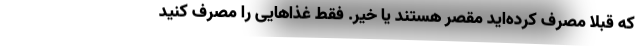
که قبلا مصرف کرده‌اید مقصر هستند یا خیر. فقط غذاهایی را مصرف کنید